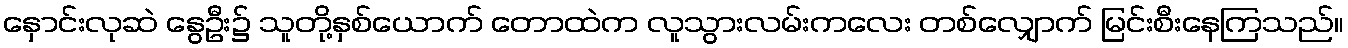
နှောင်းလုဆဲ နွေဦး၌ သူတို့နှစ်ယောက် တောထဲက လူသွားလမ်းကလေး တစ်လျှောက် မြင်းစီးနေကြသည်။